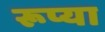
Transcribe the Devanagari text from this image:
रूप्या